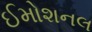
ઈમોશનલ